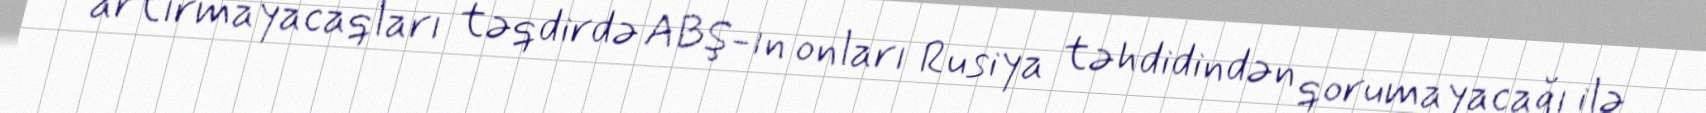
artırmayacaqları təqdirdə ABŞ-ın onları Rusiya təhdidindən qorumayacağı ilə